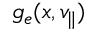
g _ { e } ( x , v _ { \parallel } )